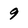
Character: 9